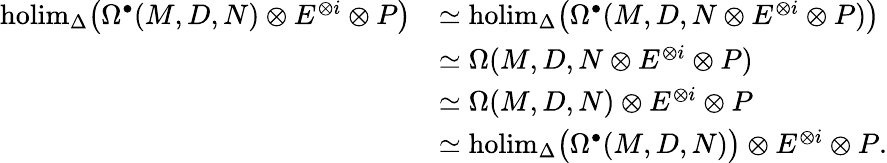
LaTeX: \begin{array}{rl}{\mathrm{holim}_{\Delta}\big(\Omega^{\bullet}(M,D,N)\otimes E^{\otimes i}\otimes P\big)}&{\simeq\mathrm{holim}_{\Delta}\big(\Omega^{\bullet}(M,D,N\otimes E^{\otimes i}\otimes P)\big)}\\ &{\simeq\Omega(M,D,N\otimes E^{\otimes i}\otimes P)}\\ &{\simeq\Omega(M,D,N)\otimes E^{\otimes i}\otimes P}\\ &{\simeq\mathrm{holim}_{\Delta}\big(\Omega^{\bullet}(M,D,N)\big)\otimes E^{\otimes i}\otimes P.}\end{array}